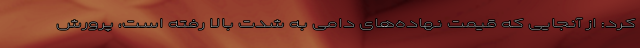
کرد: از آنجایی که قیمت نهاده‌های دامی به شدت بالا رفته است، پرورش